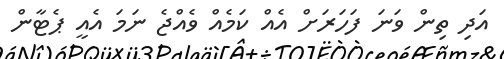
އަދި ތިން ވަނަ ފަހަރަށް އެއް ކަމެއް ވެއްޖެ ނަމަ އެއީ ޕެޓާން